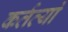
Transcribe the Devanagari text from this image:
कर्तव्यां